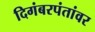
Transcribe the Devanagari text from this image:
दिगंबरपंतांवर